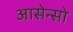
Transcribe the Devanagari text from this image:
आसेन्सो